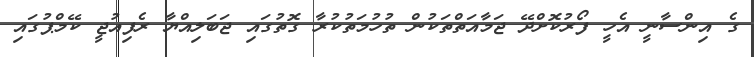
ގެ އިންސާނީ އެހީ ފޯރުކޮށްދޭ ޖަމާއަތްތަކުން ތުހުމަތުކުރާ ގޮތުގައި ޖަބަލިއްޔާ ރެފިއުޖީ ކޭމްޕުގައި